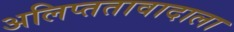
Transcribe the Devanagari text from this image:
अलिप्ततावादाला